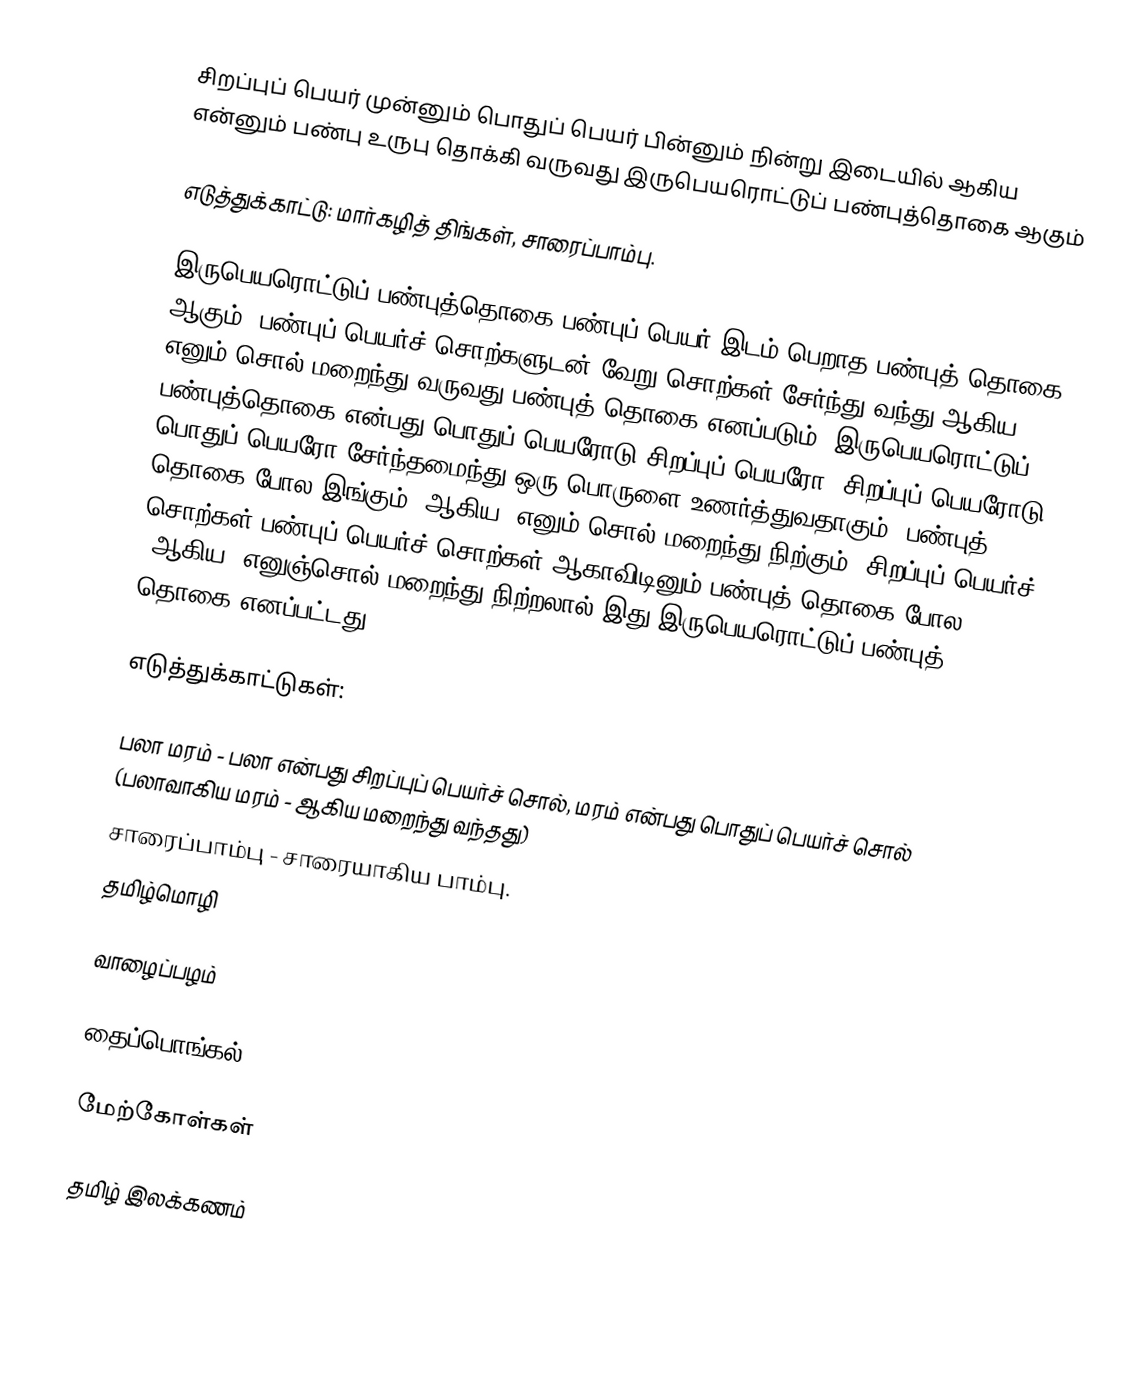
சிறப்புப் பெயர் முன்னும் பொதுப் பெயர் பின்னும் நின்று இடையில் ஆகிய என்னும் பண்பு உருபு தொக்கி வருவது இருபெயரொட்டுப் பண்புத்தொகை ஆகும்

எடுத்துக்காட்டு: மார்கழித் திங்கள், சாரைப்பாம்பு.

இருபெயரொட்டுப் பண்புத்தொகை பண்புப் பெயர் இடம் பெறாத பண்புத் தொகை ஆகும். பண்புப் பெயர்ச் சொற்களுடன் வேறு சொற்கள் சேர்ந்து வந்து ஆகிய எனும் சொல் மறைந்து வருவது பண்புத் தொகை எனப்படும். இருபெயரொட்டுப் பண்புத்தொகை என்பது பொதுப் பெயரோடு சிறப்புப் பெயரோ, சிறப்புப் பெயரோடு பொதுப் பெயரோ  சேர்ந்தமைந்து ஒரு பொருளை உணர்த்துவதாகும். பண்புத் தொகை போல இங்கும் “ஆகிய” எனும் சொல் மறைந்து நிற்கும். சிறப்புப் பெயர்ச் சொற்கள் பண்புப்  பெயர்ச் சொற்கள் ஆகாவிடினும் பண்புத் தொகை போல “ஆகிய” எனுஞ்சொல் மறைந்து நிற்றலால் இது இருபெயரொட்டுப் பண்புத் தொகை எனப்பட்டது.

எடுத்துக்காட்டுகள்:

பலா மரம் - பலா என்பது சிறப்புப் பெயர்ச் சொல், மரம் என்பது பொதுப் பெயர்ச் சொல்  (பலாவாகிய மரம் - ஆகிய மறைந்து வந்தது)
சாரைப்பாம்பு - சாரையாகிய பாம்பு.
தமிழ்மொழி

வாழைப்பழம்

தைப்பொங்கல்

மேற்கோள்கள்

தமிழ் இலக்கணம்